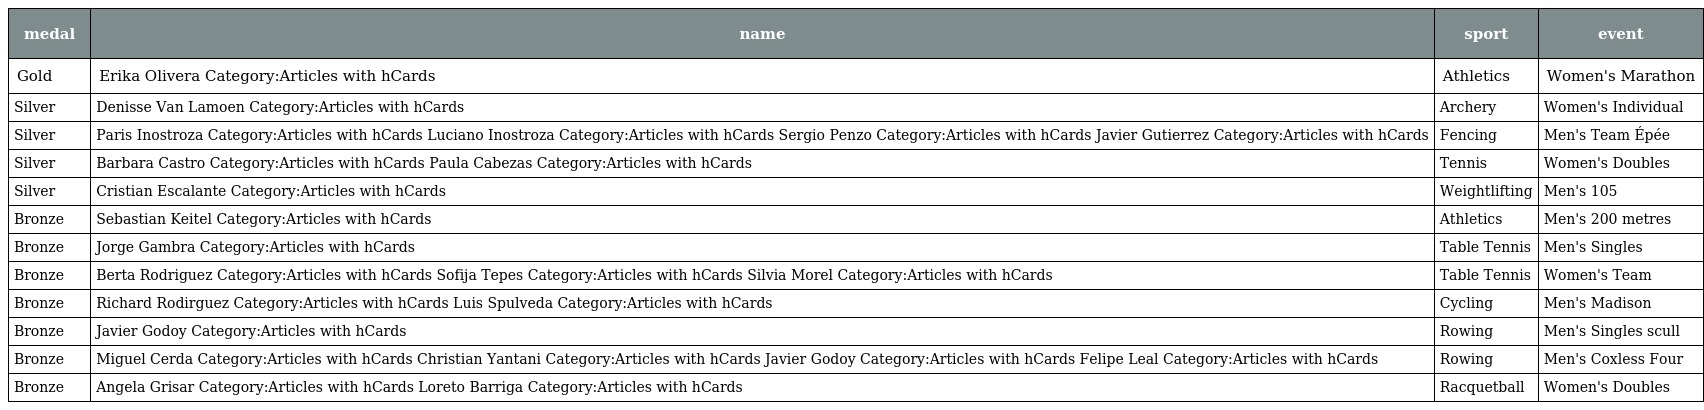
| medal | name | sport | event |
 | --- | --- | --- | --- |
 | Gold | Erika Olivera Category:Articles with hCards | Athletics | Women's Marathon |
 | Silver | Denisse Van Lamoen Category:Articles with hCards | Archery | Women's Individual |
 | Silver | Paris Inostroza Category:Articles with hCards Luciano Inostroza Category:Articles with hCards Sergio Penzo Category:Articles with hCards Javier Gutierrez Category:Articles with hCards | Fencing | Men's Team Épée |
 | Silver | Barbara Castro Category:Articles with hCards Paula Cabezas Category:Articles with hCards | Tennis | Women's Doubles |
 | Silver | Cristian Escalante Category:Articles with hCards | Weightlifting | Men's 105 |
 | Bronze | Sebastian Keitel Category:Articles with hCards | Athletics | Men's 200 metres |
 | Bronze | Jorge Gambra Category:Articles with hCards | Table Tennis | Men's Singles |
 | Bronze | Berta Rodriguez Category:Articles with hCards Sofija Tepes Category:Articles with hCards Silvia Morel Category:Articles with hCards | Table Tennis | Women's Team |
 | Bronze | Richard Rodirguez Category:Articles with hCards Luis Spulveda Category:Articles with hCards | Cycling | Men's Madison |
 | Bronze | Javier Godoy Category:Articles with hCards | Rowing | Men's Singles scull |
 | Bronze | Miguel Cerda Category:Articles with hCards Christian Yantani Category:Articles with hCards Javier Godoy Category:Articles with hCards Felipe Leal Category:Articles with hCards | Rowing | Men's Coxless Four |
 | Bronze | Angela Grisar Category:Articles with hCards Loreto Barriga Category:Articles with hCards | Racquetball | Women's Doubles |